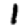
Digit: 1